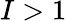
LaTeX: I>1